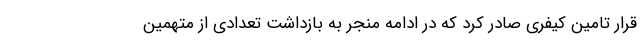
قرار تامین کیفری صادر کرد که در ادامه منجر به بازداشت تعدادی از متهمین